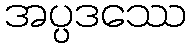
အပ္ပဒဿေ